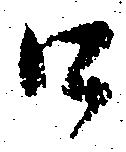
口